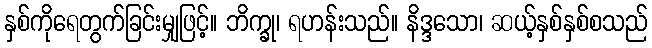
နှစ်ကိုရေတွက်ခြင်းမျှဖြင့်။ ဘိက္ခု၊ ရဟန်းသည်။ နိဒ္ဒသော၊ ဆယ့်နှစ်နှစ်စသည်